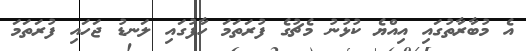
އެ މުބާރާތުގައި އިއްޔެ ކުޅުނު މެޗުގެ ފުރަތަމަ ހާފުގައި ލަނޑު ޖަހައި ފުރަތަމަ